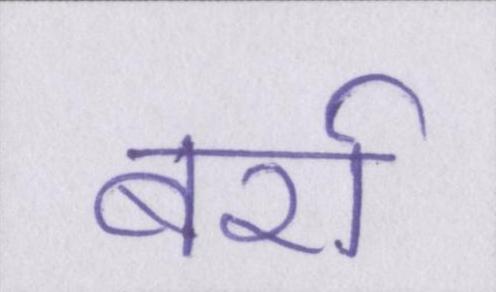
बर्रा